Ridala_vallavalitsus, lk 23
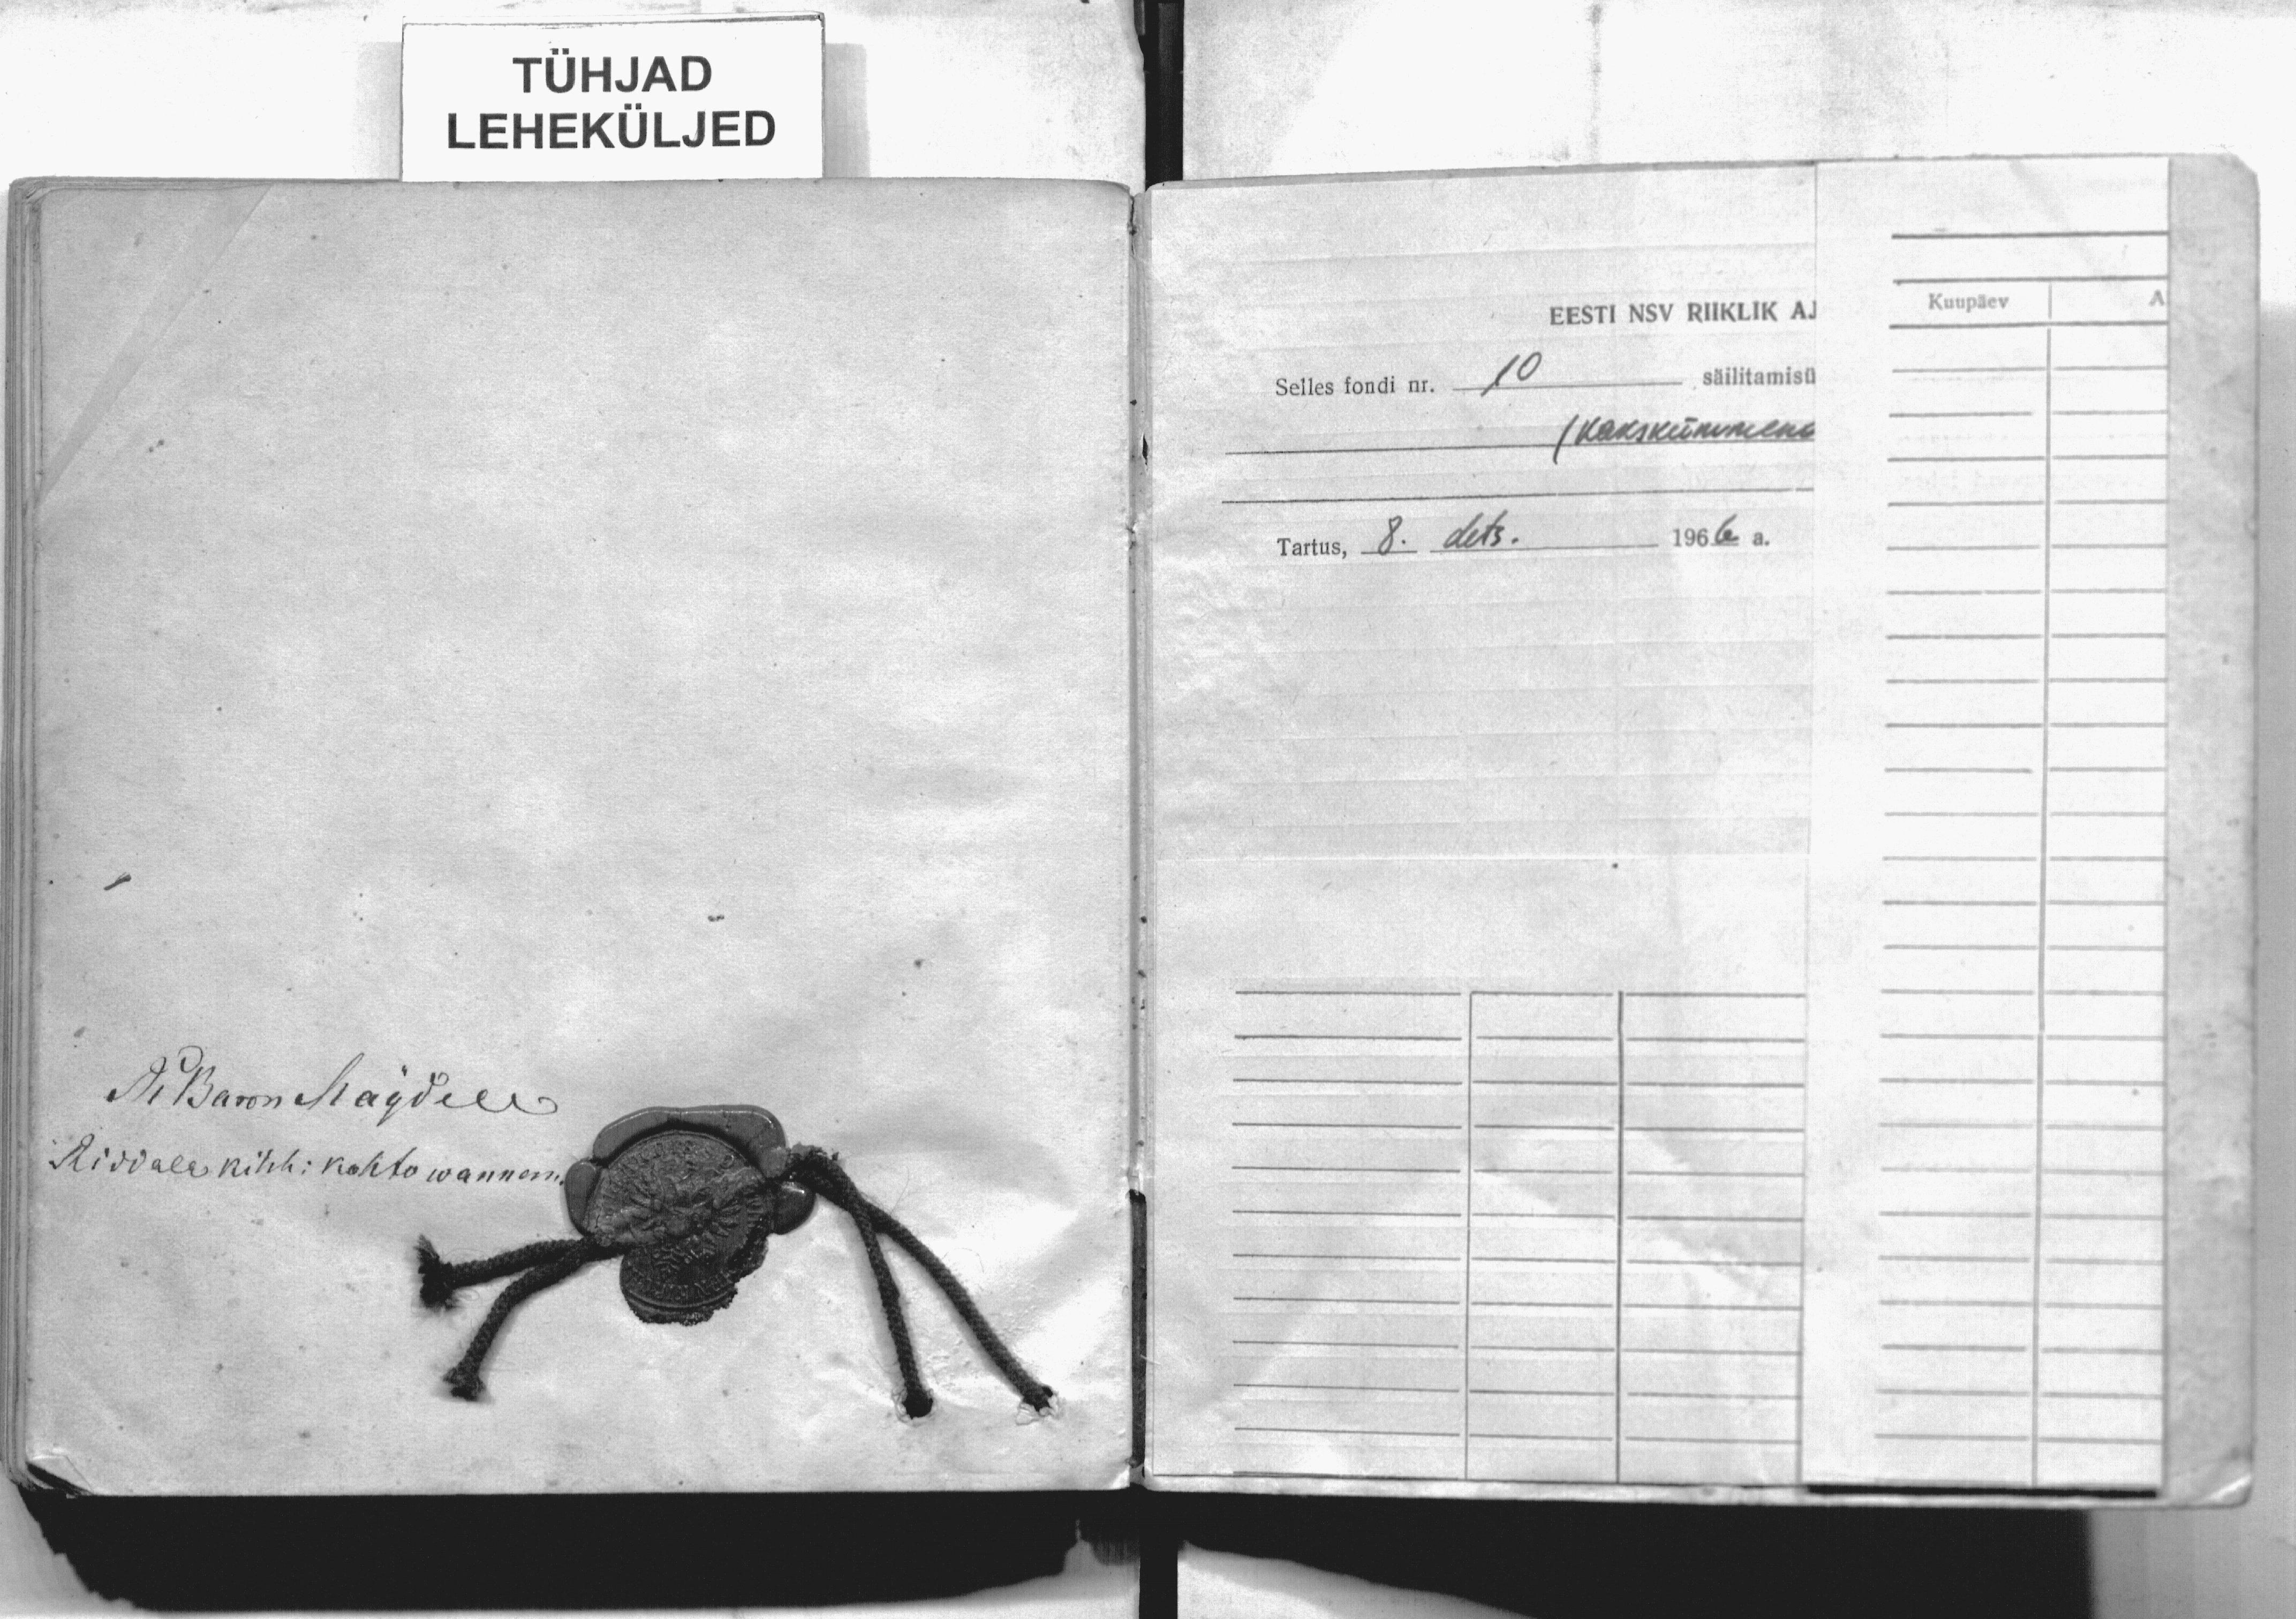
TÜHJAD
LEHEKÜLJED
Dr. Baron Maydell
Riddala kihh. kohto wannem.